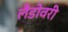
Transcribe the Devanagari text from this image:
लैंडोवरी